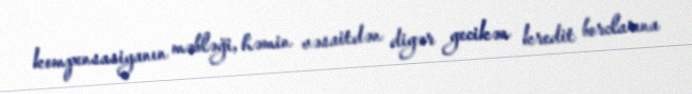
kompensasiyanın məbləği, həmin vəsaitdən digər gecikən kredit borclarına